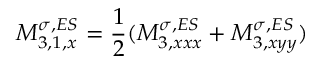
M _ { 3 , 1 , x } ^ { \sigma , E S } = \frac { 1 } { 2 } ( M _ { 3 , x x x } ^ { \sigma , E S } + M _ { 3 , x y y } ^ { \sigma , E S } )